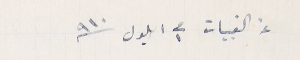
عن القبيات فى ١ ايلول سنة ١٩١٠